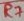
Text: R7